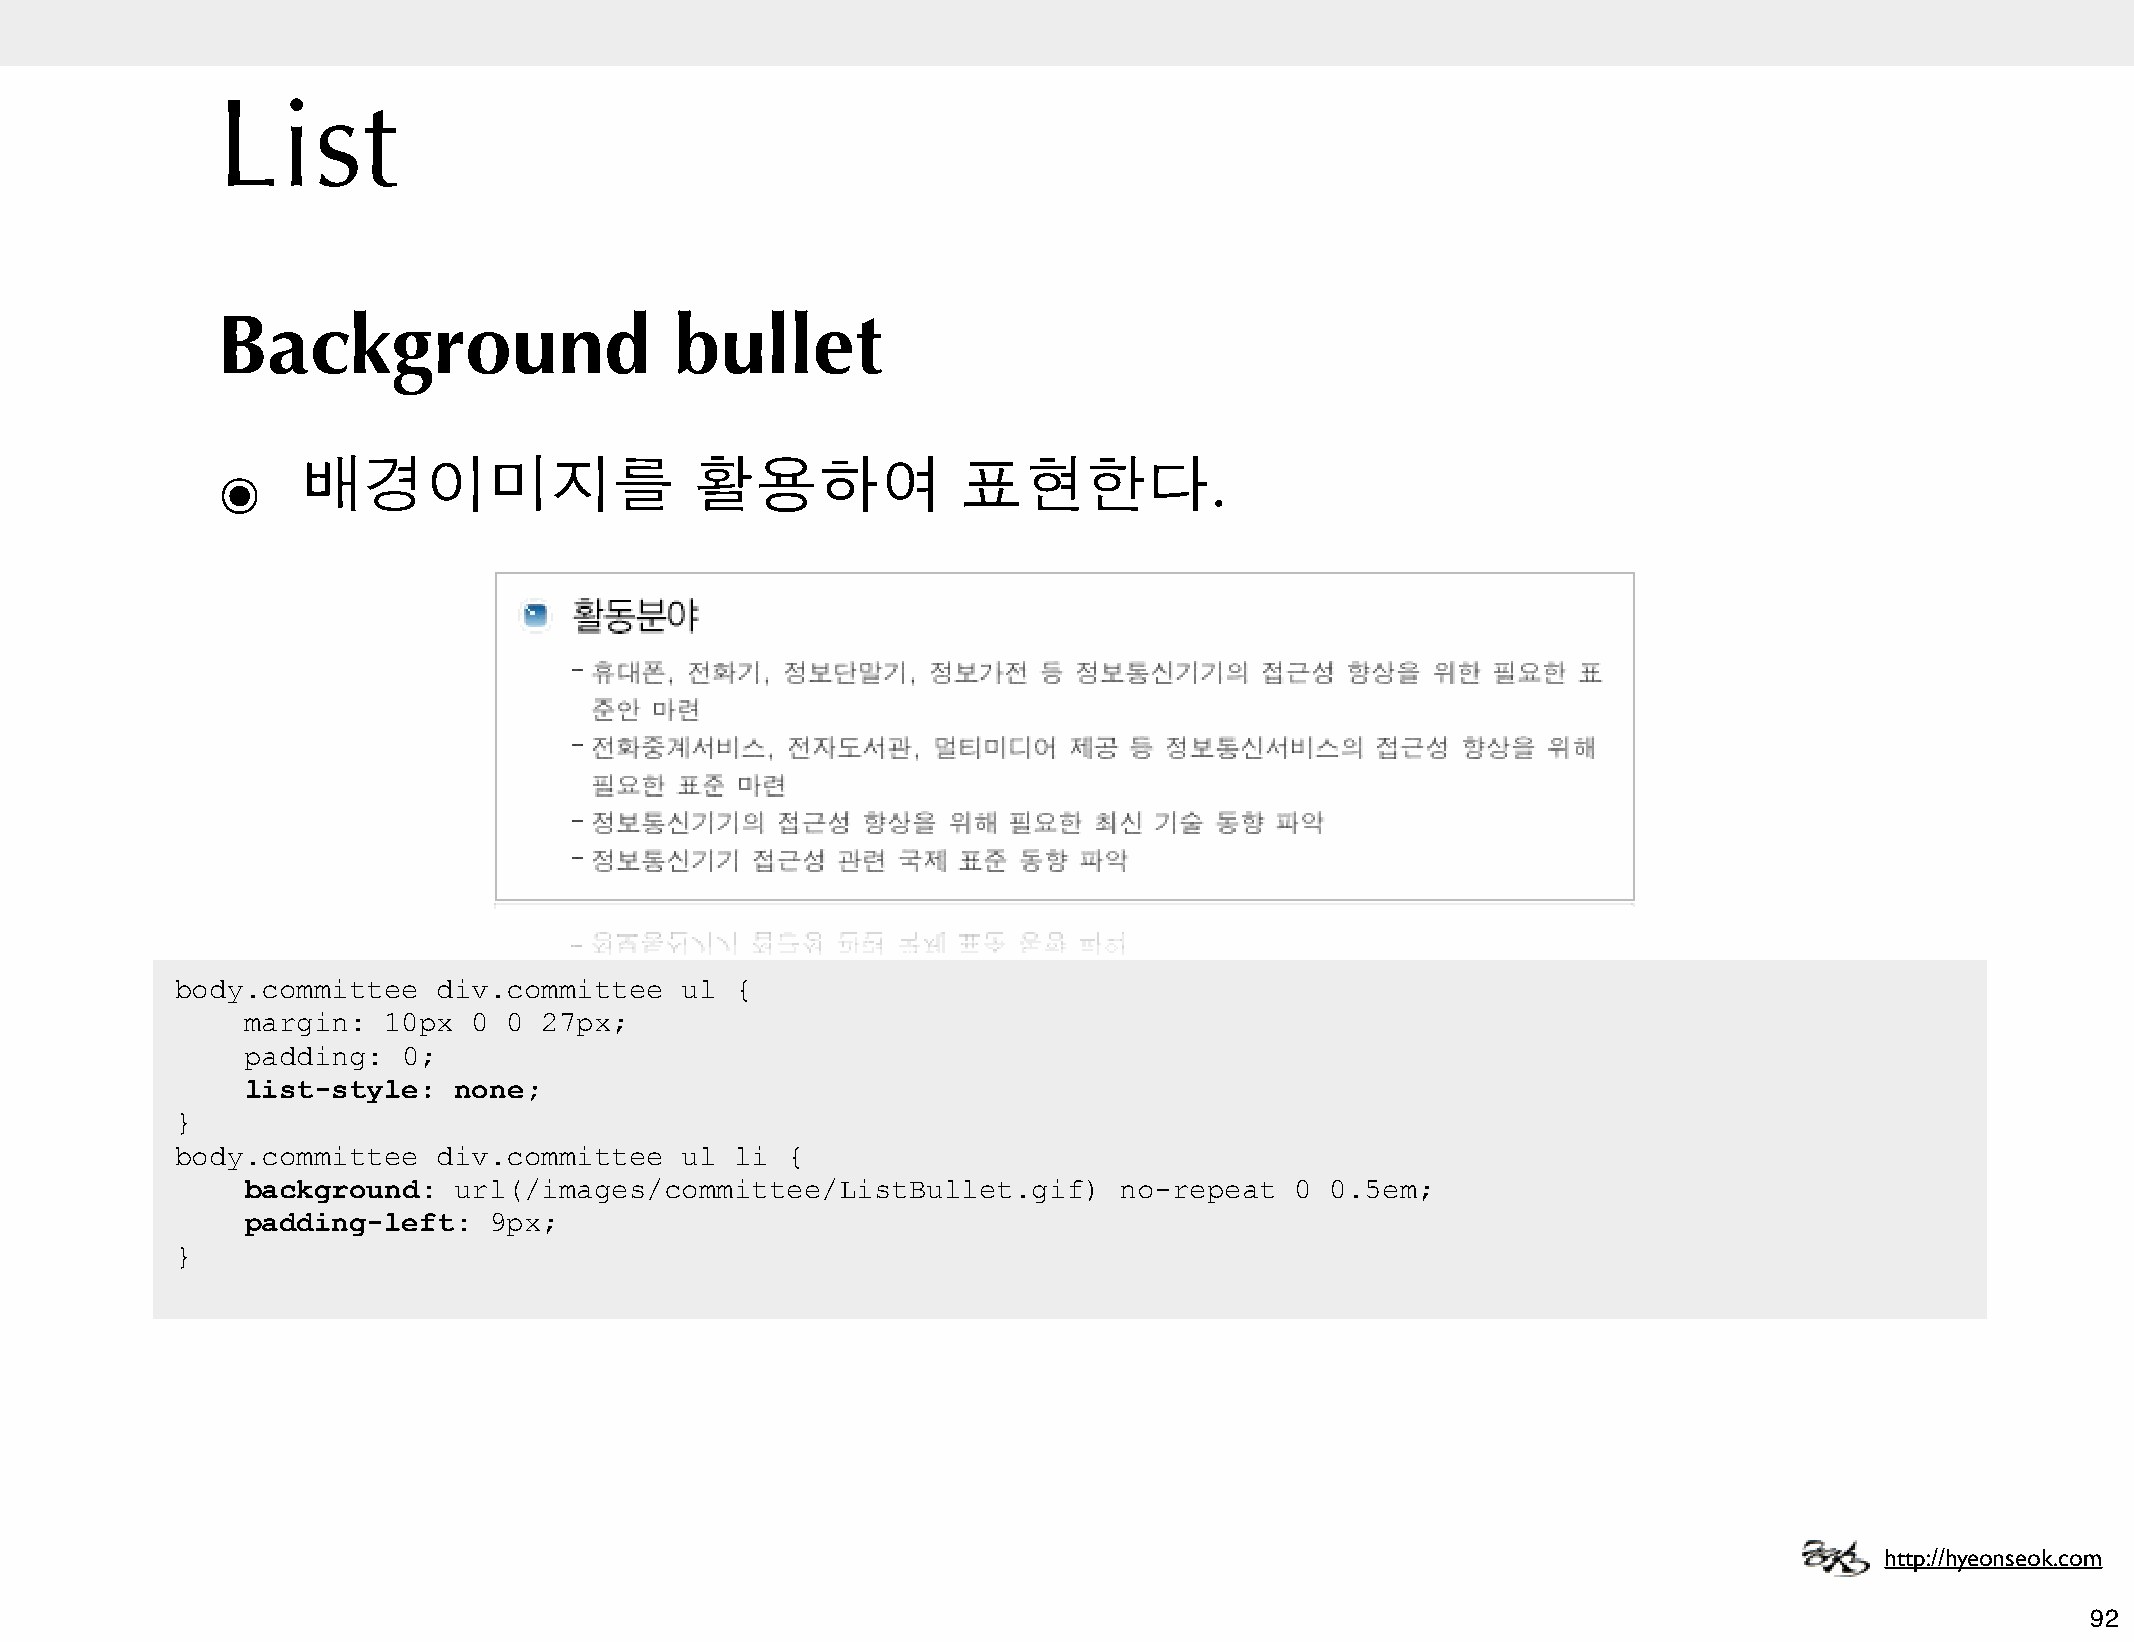
List
 Background                     bullet
 ๏     배경이미지를                    활용하여              표현한다.
 body.committee   div.committee   ul  {
 margin:  10px  0  0 27px;
 padding:   0;
 list-style:   none;
 }
 body.committee   div.committee   ul  li {
 background:   url(/images/committee/ListBullet.gif)       no-repeat   0 0.5em;
 padding-left:   9px;
 }
 http://hyeonseok.com
 92